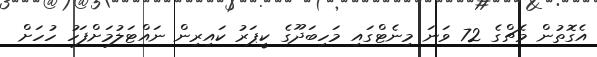
އެގޮތުން މެޗްގެ 72 ވަނަ މިނެޓްގައި މަހިބަދޫގެ ކީޕަރު ކައިރިން ނައްޓަލުމަށްފަހު ހުހަށް